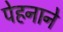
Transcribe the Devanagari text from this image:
पेहनाने